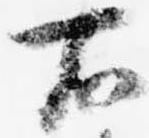
右